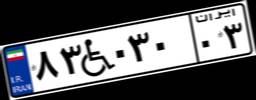
۸۳W۰۳۰۰۳